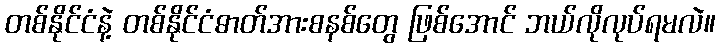
တစ်နိုင်ငံနဲ့ တစ်နိုင်ငံဓာတ်အားစနစ်တွေ ဖြစ်အောင် ဘယ်လိုလုပ်ရမလဲ။